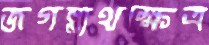
জগন্নাথক্ষেত্র